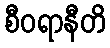
စီဝရာနီတိ